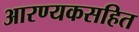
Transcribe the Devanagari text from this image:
आरण्यकसहित